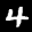
Label: 4